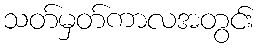
သတ်မှတ်ကာလအတွင်း